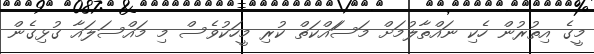
މީގެ އިތުރުން ހެކި ނައްތާލުމަށް މަސަައްކަތް ކުރި މީހަކުވެސް މި މައްސަލައާ ގުޅިގެން